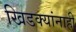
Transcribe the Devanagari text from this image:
खिडक्यांनाही